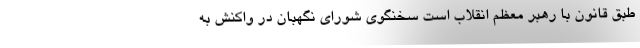
طبق قانون با رهبر معظم انقلاب است سخنگوی شورای نگهبان در واکنش به